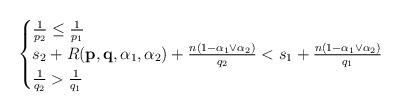
LaTeX: \begin{align*}\begin{cases}\frac{1}{p_{2}}\leq \frac{1}{p_{1}} \\s_{2}+R(\mathbf{p},\mathbf{q},\alpha _{1},\alpha _{2})+\frac{n(1-\alpha_{1}\vee \alpha _{2})}{q_{2}}<s_{1}+\frac{n(1-\alpha _{1}\vee \alpha _{2})}{q_{1}} \\\frac{1}{q_{2}}>\frac{1}{q_{1}}\end{cases}\end{align*}